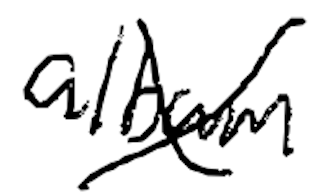
Text: album
Cross-out: mix
Writing tool: digital_black